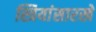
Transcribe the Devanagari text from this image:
स्त्रियांसारखे